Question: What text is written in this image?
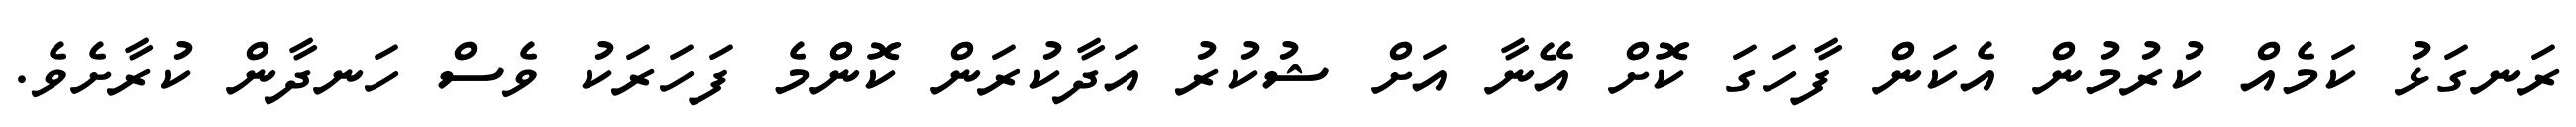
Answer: ރަނގަޅު ކަމެއް ކުރުމުން އެކަން ފާހަގަ ކޮށް އޭނާ އަށް ޝުކުރު އަދާކުރަން ކޮންމެ ފަހަރަކު ވެސް ހަނދާން ކުރާށެވެ.